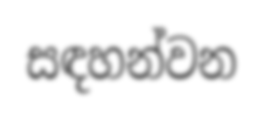
සඳහන්වන